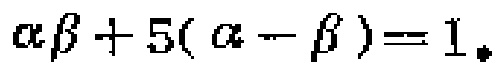
\(\alpha\beta + 5(\alpha - \beta)=1\)